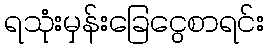
ရသုံးမှန်းခြေငွေစာရင်း